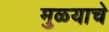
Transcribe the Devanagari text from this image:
मुळ्याचे